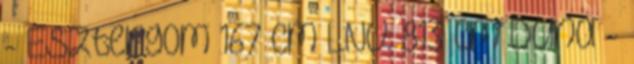
- Esztergom 167 cm LNV: 813 cm Duna -